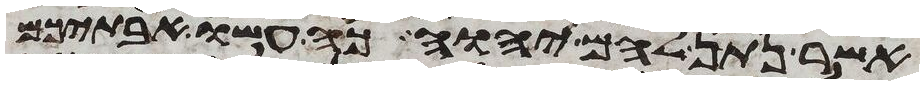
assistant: אשר נתן להם יהוה כה עשו אבתיכם